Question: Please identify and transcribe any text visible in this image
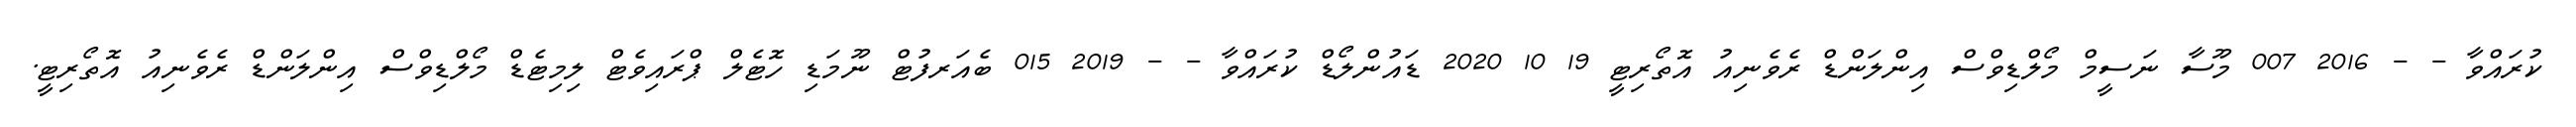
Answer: ކުރައްވާ - - 2016 007 މޫސާ ނަސީމް މޯލްޑިވްސް އިންލަންޑް ރެވެނިއު އޮތޯރިޓީ 19 10 2020 ޑައުންލޯޑް ކުރައްވާ - - 2019 015 ބެއަރފުޓް ނޫމަޑި ހޮޓެލް ޕްރައިވެޓް ލިމިޓެޑް މޯލްޑިވްސް އިންލަންޑް ރެވެނިއު އޮތޯރިޓީ.